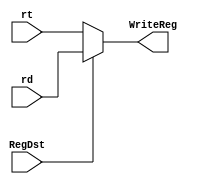
`timescale 1ns / 1ps
//////////////////////////////////////////////////////////////////////////////////
// Company: 
// Engineer: 
// 
// Design Name: 
// Module Name: DataSelect_5_bit
// Project Name: 
// Target Devices: 
// Tool Versions: 
// Description: 
// 
// Dependencies: 
// 
// Revision:
// Revision 0.01 - File Created
// Additional Comments:
// 
//////////////////////////////////////////////////////////////////////////////////


module DataSelect_5_bit(rt,rd,RegDst,WriteReg);
    input [4:0] rt;
    input [4:0] rd;
    input RegDst;
    output [4:0] WriteReg;
    assign WriteReg = (RegDst==0)?rt:rd;
endmodule